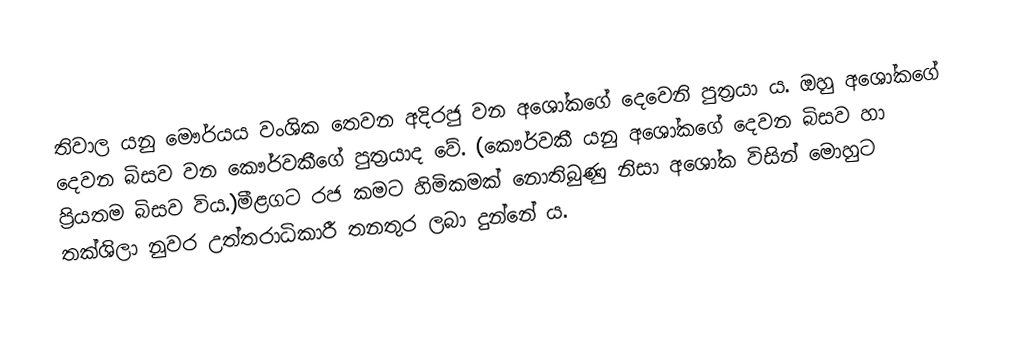
තිවාල යනු මෞර්යය වංශික තෙවන අදිරජු වන අශෝකගේ දෙවෙනි පුත්‍රයා ය. ඔහු අශෝකගේ දෙවන බිසව වන කෞර්වකීගේ පුත්‍රයාද වේ. (කෞර්වකී යනු අශෝකගේ දෙවන බිසව හා ප්‍රියතම බිසව විය.)මීළගට රජ කමට හිමිකමක් නොතිබුණු නිසා අශෝක විසින් මොහුට තක්ශිලා නුවර උත්තරාධිකාරී තනතුර ලබා දුන්නේ ය.